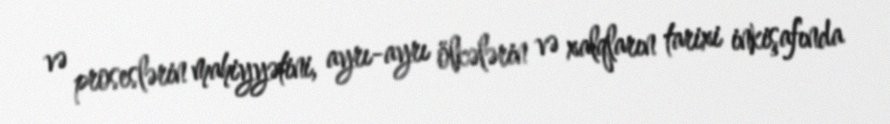
və proseslərin mahiyyətini, ayrı-ayrı ölkələrin və xalqların tarixi inkişafında